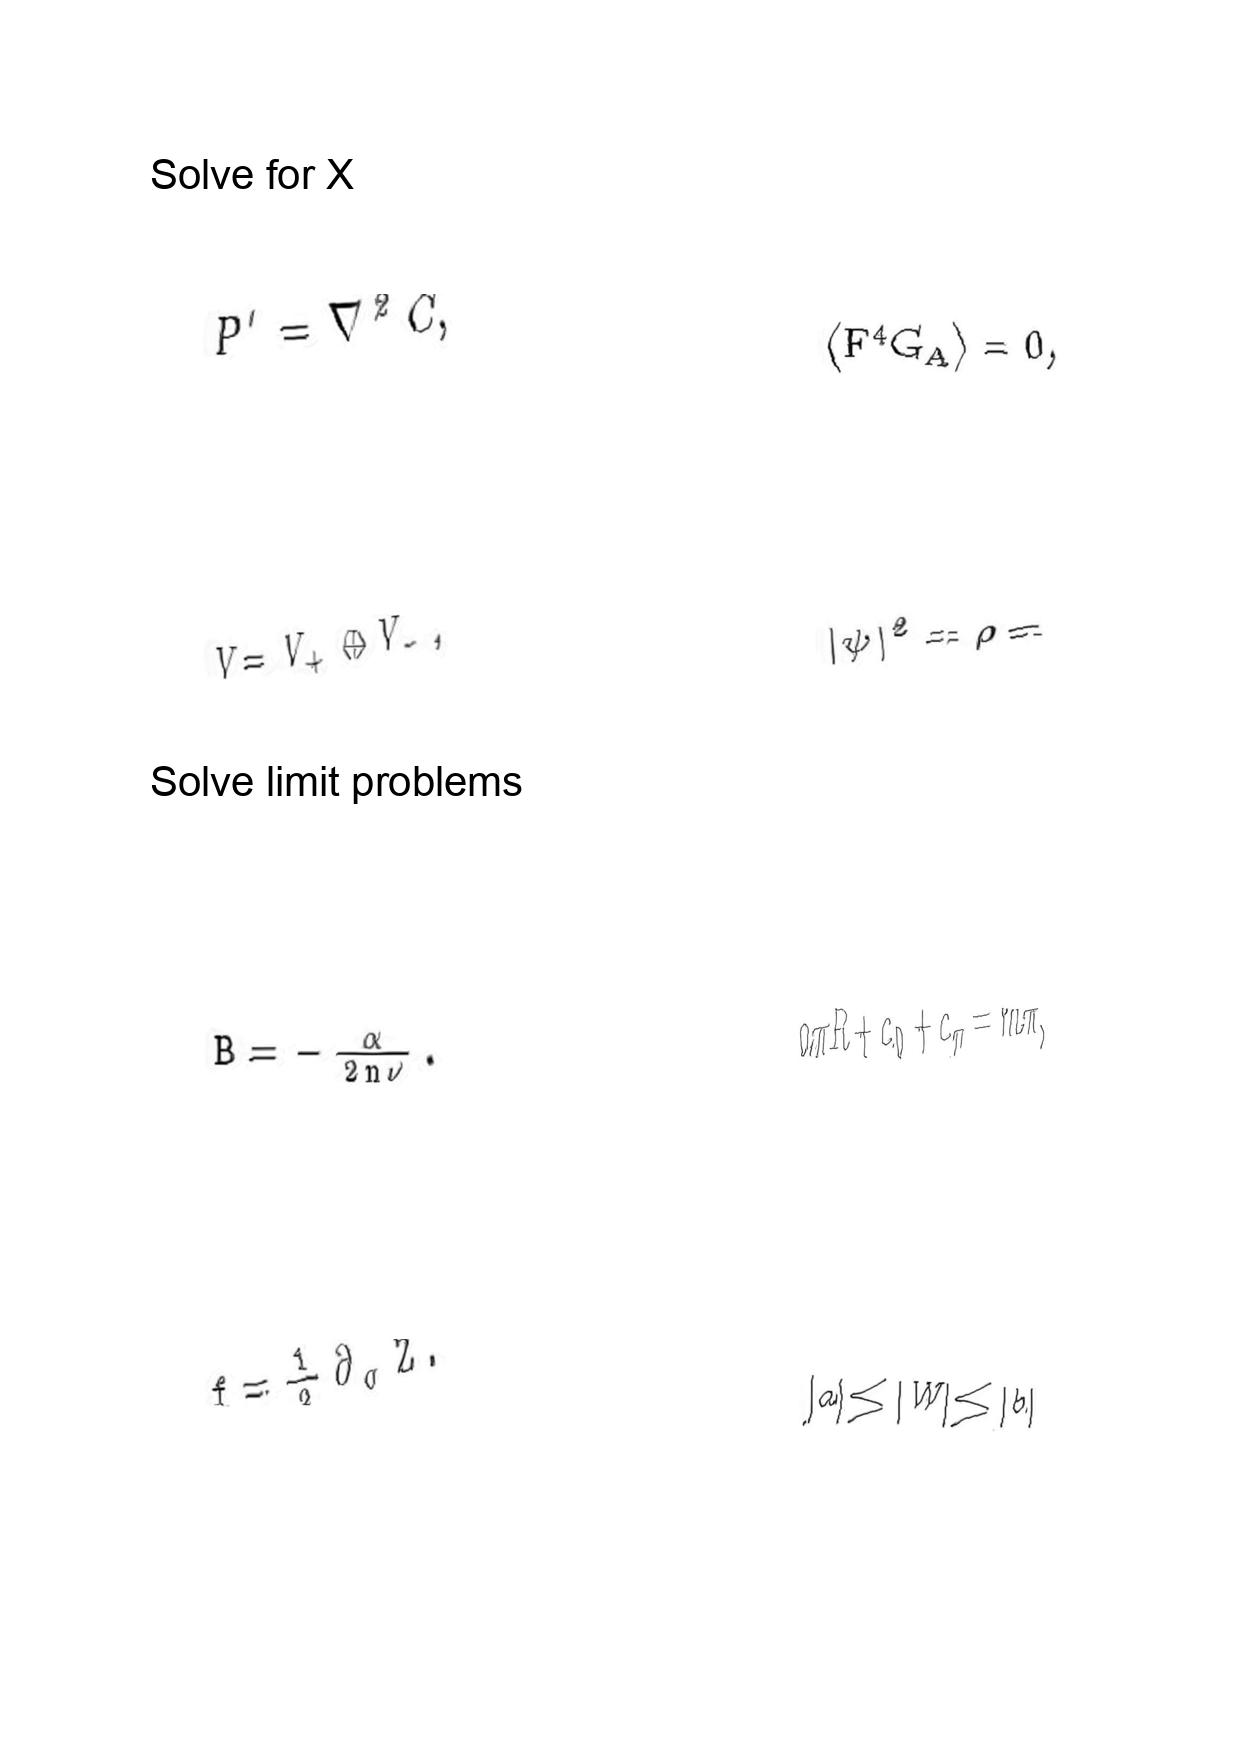
LaTeX transcription:
P ^ { \prime } = \nabla ^ { 2 } C ,
V = V _ { + } \oplus V _ { - } ,
B = - \frac { \alpha } { 2 n \nu } .
f = \frac { 1 } { 2 } \partial _ { \sigma } Z .
\langle F ^ { 4 } G _ { A } \rangle = 0 ,
\vert \psi \vert ^ { 2 } = \rho =
a \pi R + c _ { 0 } + c _ { \pi } = m \pi ,
\vert a \vert \le \vert W \vert \le \vert b \vert